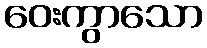
ဝေးကွာသော